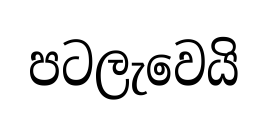
පටලැවෙයි